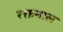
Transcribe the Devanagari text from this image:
रक्तनाल